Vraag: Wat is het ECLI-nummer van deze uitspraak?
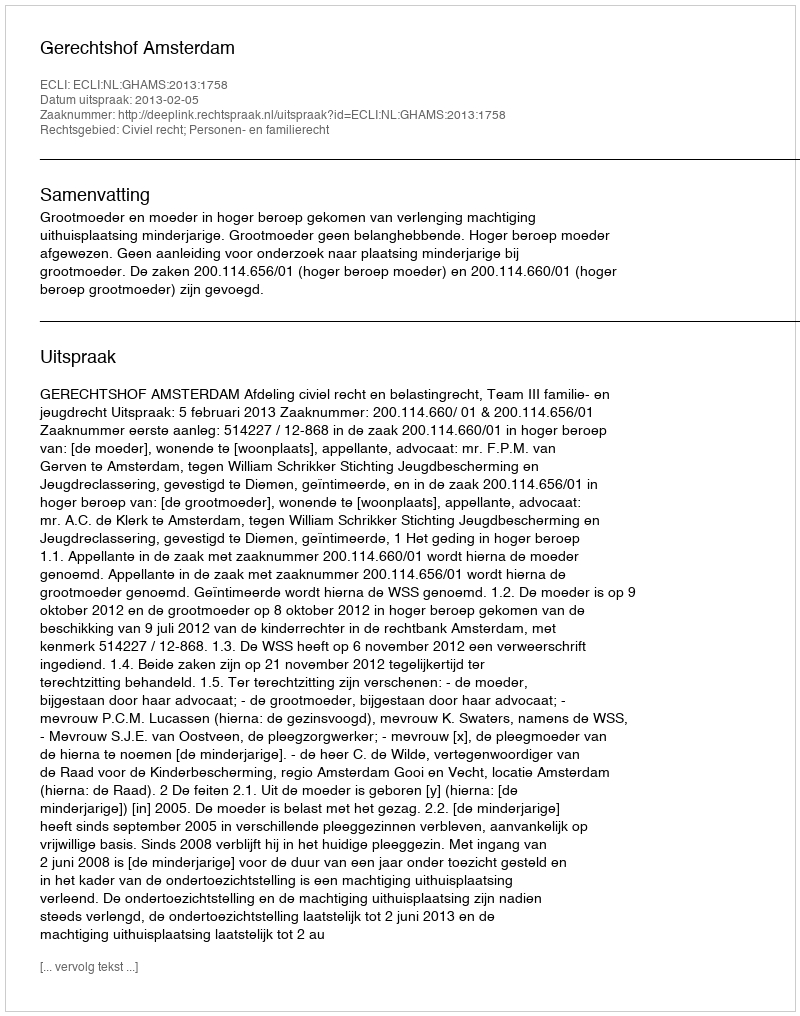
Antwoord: ECLI:NL:GHAMS:2013:1758